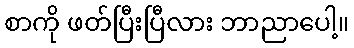
စာကို ဖတ်ပြီးပြီလား ဘာညာပေါ့။